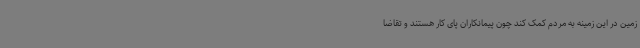
زمین در این زمینه به مردم کمک کند چون پیمانکاران پای کار هستند و تقاضا